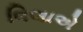
વિલાએ